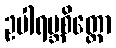
ဥပါရမ္ဘစိတ္တော